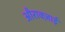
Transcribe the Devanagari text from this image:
औराक्ज़ाई